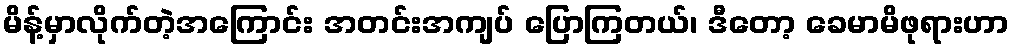
မိန့်မှာလိုက်တဲ့အကြောင်း အတင်းအကျပ် ပြောကြတယ်၊ ဒီတော့ ခေမာမိဖုရားဟာ